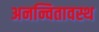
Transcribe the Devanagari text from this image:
अनन्वितावस्थ